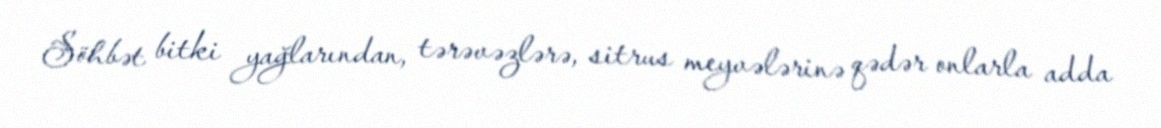
Söhbət bitki yağlarından, tərəvəzlərə, sitrus meyvələrinə qədər onlarla adda